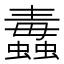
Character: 𧔄